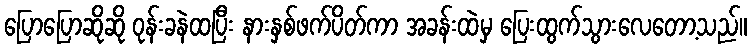
ပြောပြောဆိုဆို ဝုန်းခနဲထပြီး နားနှစ်ဖက်ပိတ်ကာ အခန်းထဲမှ ပြေးထွက်သွားလေတော့သည်။